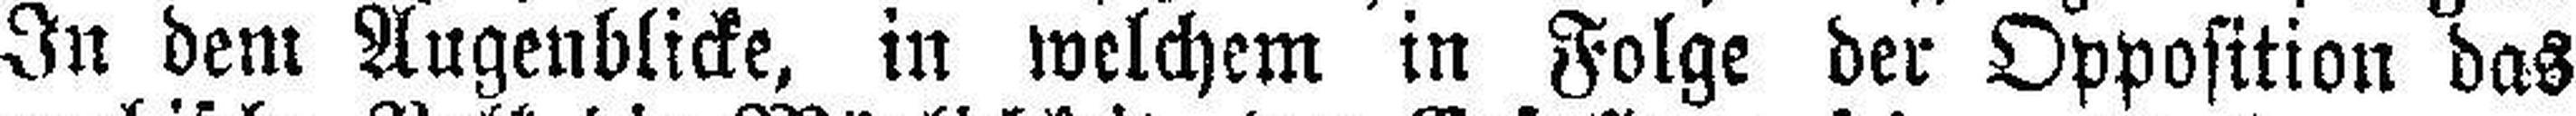
In dem Augenblicke, in welchem in Folge der Opposition das